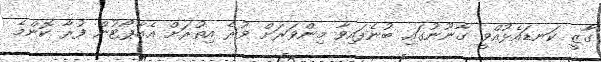
ގާޒީ ކަނޑައެޅުއްވީ ގާނޫނުގައި ބުނެފައިވާ މިންވަރަށް ވުރެ އިތުރަށް އެއާޕޯޓުން ފުރާ ކޮންމެ